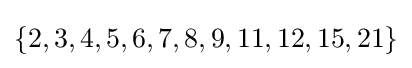
\{2,3,4,5,6,7,8,9,11,12,15,21\}